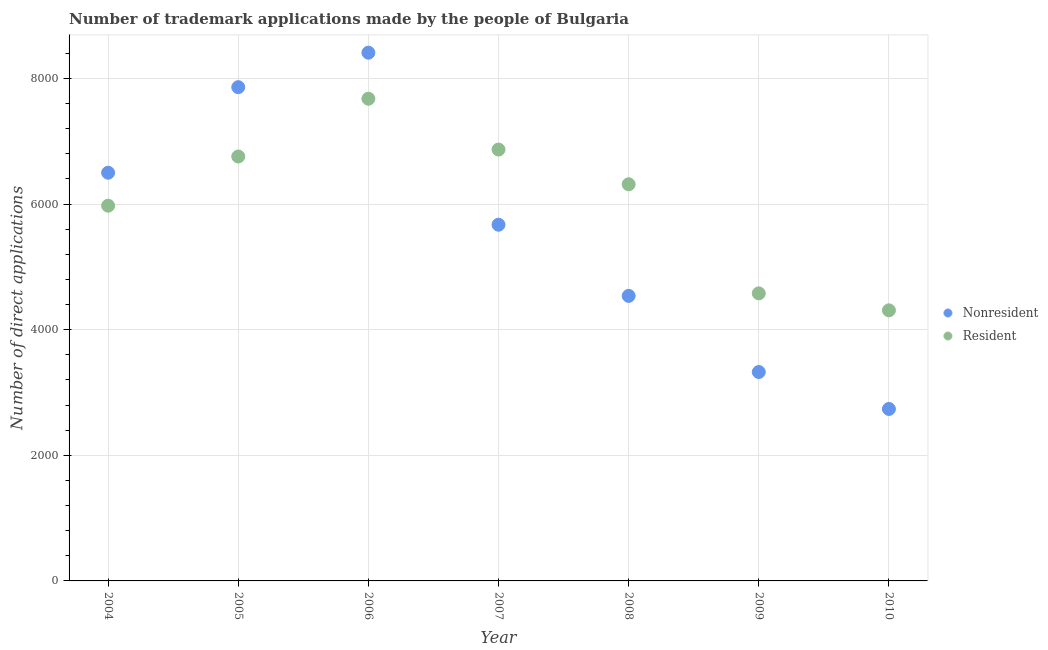
| Year | Nonresident | Resident |
 | --- | --- | --- |
 | 2004 | 6.5e+03 | 5.97e+03 |
 | 2005 | 7.86e+03 | 6.76e+03 |
 | 2006 | 8.41e+03 | 7.68e+03 |
 | 2007 | 5.67e+03 | 6.87e+03 |
 | 2008 | 4.54e+03 | 6.32e+03 |
 | 2009 | 3.33e+03 | 4.58e+03 |
 | 2010 | 2.74e+03 | 4.31e+03 |